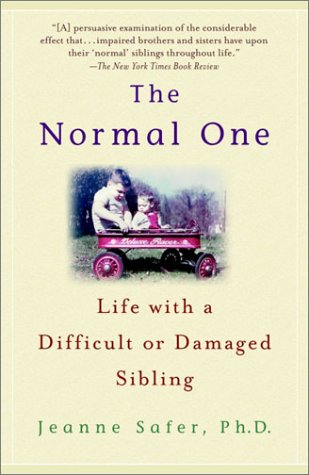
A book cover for The Normal One: Life with a Difficult or Damaged Sibling; Jeanne Safer; Parenting & Relationships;